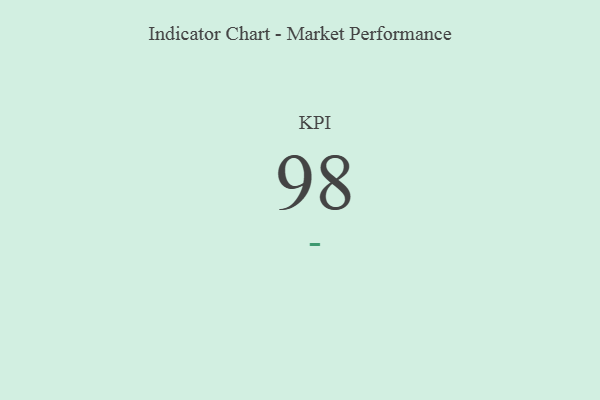
{"axis": {"x": "KPI", "y": "Value"}, "legend": [""], "data": [{"x": "KPI", "y": 98, "type": ""}]}